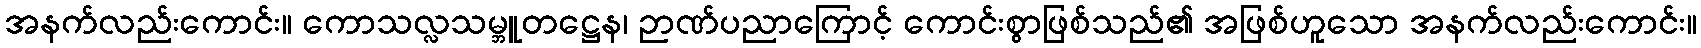
အနက်လည်းကောင်း။ ကောသလ္လသမ္ဘူတဋ္ဌေန၊ ဉာဏ်ပညာကြောင့် ကောင်းစွာဖြစ်သည်၏ အဖြစ်ဟူသော အနက်လည်းကောင်း။